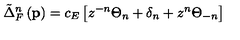
\tilde { \Delta } _ { F } ^ { n } \left( \mathbf { p } \right) = c _ { E } \left[ z ^ { - n } \Theta _ { n } + \delta _ { n } + z ^ { n } \Theta _ { - n } \right]